system: You are a helpful assistant.
user:
Analyze the provided spectrum to determine if it is a **White Dwarf (WD)**.

A White Dwarf spectrum is defined by its **extreme purity** (due to gravitational settling) and/or **extreme pressure broadening** (due to high surface gravity). You must check for one of the following mutually exclusive signatures:

- **Key Visual Indicators (Check for ONE of these types):**

    - **1. DA-Type Signature (Most Common):**
        - **(Primary Feature):** Extreme pressure broadening (Stark broadening) of the **Hydrogen (H) Balmer lines**.
        - **(Key Lines):** $H\beta$ (approx. $4861$ Å) and $H\gamma$ (approx. $4340$ Å). $H\alpha$ (approx. $6563$ Å) will also be present if the wavelength range covers it.
        - **(Line Profile):** This is the **defining feature**. The lines are **NOT** sharp. They appear as massive, **extremely broad and deep "troughs" or "dips"** in the spectrum, often hundreds of Ångströms wide. The continuum will appear to "scoop" down at these wavelengths.
        - **(Distinction):** Normal A-type or B-type stars have *narrow* and *sharp* Hydrogen lines. A DA White Dwarf's lines are unmistakably "smeared" or "blurry" from pressure.

    - **2. DB-Type Signature:**
        - **(Primary Feature):** Broad absorption lines from **Neutral Helium (He I)**. The spectrum must lack any visible Hydrogen lines.
        - **(Key Lines):** Look for broad absorption near $4471$ Å, $4921$ Å, and $5876$ Å.
        - **(Line Profile):** These lines are also significantly pressure-broadened, appearing much wider than they would in a normal B-type main-sequence star.

    - **3. DC-Type Signature:**
        - **(Primary Feature):** A **featureless continuous spectrum**.
        - **(Line Profile):** The spectrum is a smooth curve with **no significant absorption or emission lines**.
        - **(Key Confirmation):** The continuum is almost always **blue or white**, indicating a hot object. This signature implies the atmosphere is so pure (or so cool) that no spectral lines are visible in the optical range. Its WD identity is confirmed by its extremely low intrinsic brightness (high absolute magnitude).

    - **4. DZ-Type Signature (Metal-Polluted):**
        - **(Primary Feature):** **Isolated, narrow metal absorption lines** on an otherwise featureless (DC-like) continuum.
        - **(Key Lines):** The **Calcium (Ca II) H & K doublet** (approx. **$3934$ Å** and **$3968$ Å**) is the most common and defining feature.
        - **(Line Profile):** These lines are "out of place." They are *not* part of a "forest" of thousands of lines. This signature is evidence of recent *accretion* (pollution) from rocky debris.
        - **(Distinction):** Normal G/K/M stars have a *dense forest* of thousands of metal lines. A DZ has a *clean* continuum with *only a few* strong metal lines.

    - **5. DQ-Type Signature (Carbon-Polluted):**
        - **(Primary Feature):** Absorption bands from **Carbon (C₂ "Swan Bands" or atomic C I)**.
        - **(Key Lines - C₂):** Look for bandheads with a "saw-tooth" shape near $5635$ Å, **$5165$ Å** (strongest), and $4737$ Å.
        - **(Key Confirmation):** The underlying **continuum must be blue or white** (hot).
        - **(Distinction):** This is the critical difference from a **Carbon Star**, which has the *exact same* C₂ bands but on an extremely **red, cool** continuum.

- **(Overall Spectrum):**
    - The continuum (overall shape) is typically **blue-sloping** (brighter in the blue than the red), as most white dwarfs are very hot.
    - The spectrum will look "pure" or "simple," dominated by only *one* of the five signatures listed above.

Think first, call **spectral_visualization_tool** if needed to examine features in detail, then provide your final answer. Your response must adhere to the following strict rules:
1.  **Overall Structure:** Your response must follow the format `<think>...</think> <tool_call>...</tool_call> (if a tool is used) <answer>...</answer>`.
2.  **Tool Usage Constraint:** You may only make **one** tool call per turn.
3.  **Final Answer Format:** In the `<answer>` tag, your conclusion must be inside a `\boxed{}` command (e.g., `\boxed{YES}` or `\boxed{NO}`), followed by your justification.

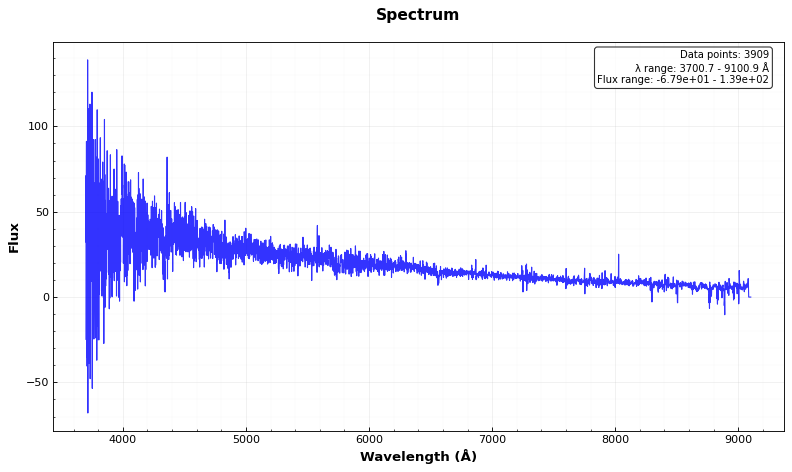
Answer: NO